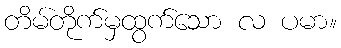
တိမ်တိုက်မှထွက်သော လ ပမာ။